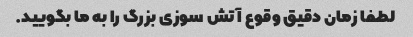
لطفا زمان دقیق وقوع آتش سوزی بزرگ را به ما بگویید.